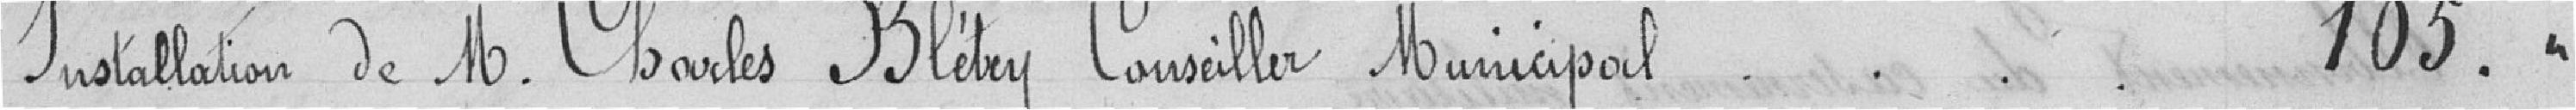
Installation de M. Charles Blétry Conseiller Municipal